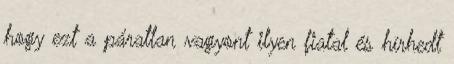
hogy ezt a páratlan vagyont ilyen fiatal és hírhedt